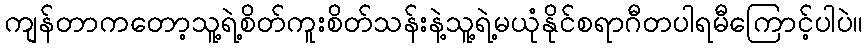
ကျန်တာကတော့သူ့ရဲ့စိတ်ကူးစိတ်သန်းနဲ့သူ့ရဲ့မယုံနိုင်စရာဂီတပါရမီကြောင့်ပါပဲ။